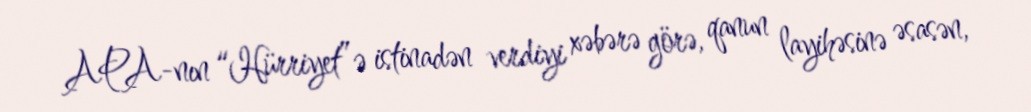
APA-nın “Hürriyet”ə istinadən verdiyi xəbərə görə, qanun layihəsinə əsasən,